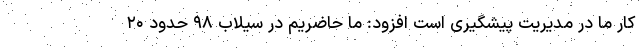
کار ما در مدیریت پیشگیری است افزود: ما حاضریم در سیلاب ۹۸ حدود ۲۰